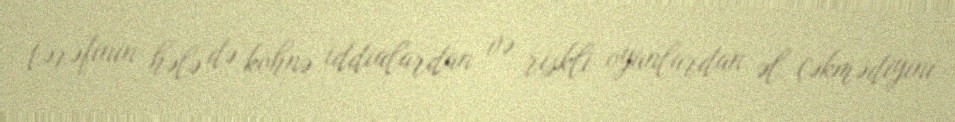
tərəfinin hələ də köhnə iddialardan və riskli oyunlardan əl çəkmədiyini